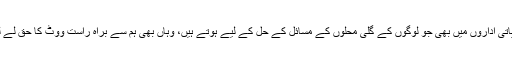
’ہم قومی اور صوبائی اسمبلیوں میں پہلے ہی سلیکشن پر ہیں اور اب تو بلدیاتی اداروں میں بھی جو لوگوں کے گلی محلوں کے مسائل کے حل کے لیے ہوتے ہیں، وہاں بھی ہم سے براہ راست ووٹ کا حق لے لیا گیا ہے تو ہمیں لگتا ہے کہ ہم سے حق رائے دہی بھی چھین لیا گیا ہے۔